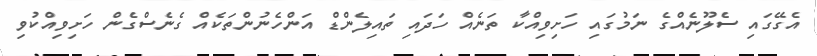
އެގޭގައި ސެލޫނެއްގެ ނަމުގައި ހަށިވިއްކާ ތަނެއް ހަދައި ތައިލެންޑް އަންހެނުންތަކެއް ގެނެސްގެން ހަށިވިއްކުވި